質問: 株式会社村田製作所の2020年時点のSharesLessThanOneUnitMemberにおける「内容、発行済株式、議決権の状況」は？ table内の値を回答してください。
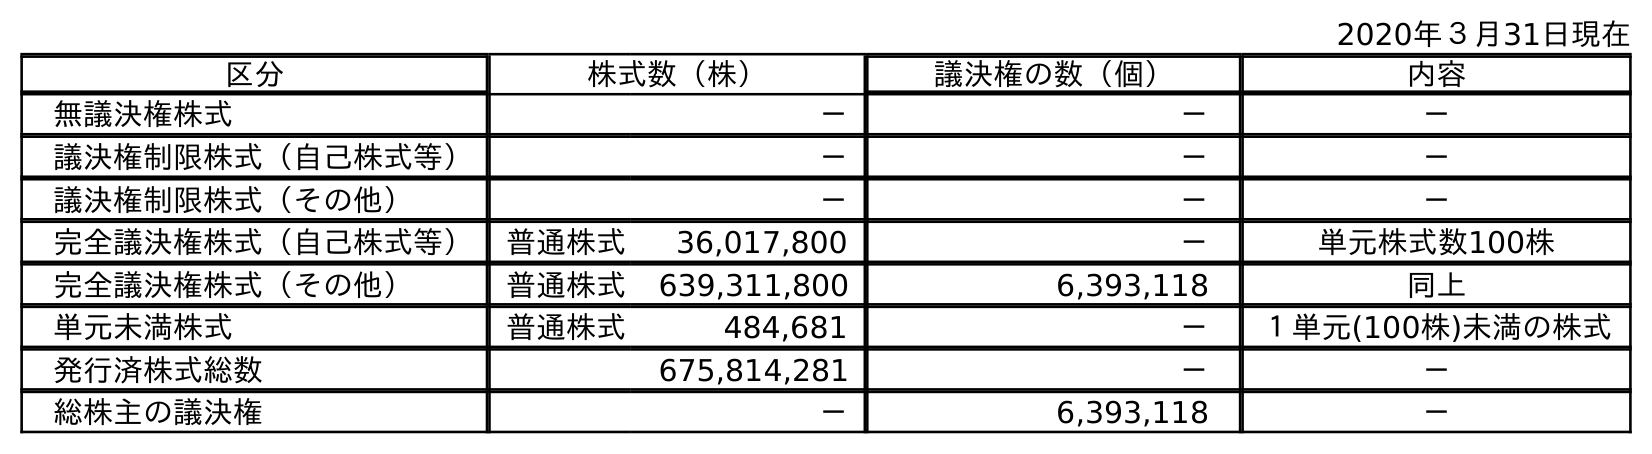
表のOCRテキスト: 2020年３月31日現在 区分 株式数（株） 議決権の数（個） 内容 無議決権株式 － － － 議決権制限株式（自己株式等） － － － 議決権制限株式（その他） － － － 完全議決権株式（自己株式等） 普通株式 36,017,800 － 単元株式数100株 完全議決権株式（その他） 普通株式 639,311,800 6,393,118 同上 単元未満株式 普通株式 484,681 － １単元(100株)未満の株式 発行済株式総数 675,814,281 － － 総株主の議決権 － 6,393,118 －
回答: １単元(100株)未満の株式